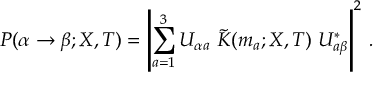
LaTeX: P ( \alpha \rightarrow \beta ; X , T ) = \left| \sum _ { a = 1 } ^ { 3 } U _ { \alpha a } \ \tilde { K } ( m _ { a } ; X , T ) \ U _ { a \beta } ^ { * } \right| ^ { 2 } \, .